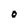
Character: O